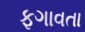
ફગાવતા